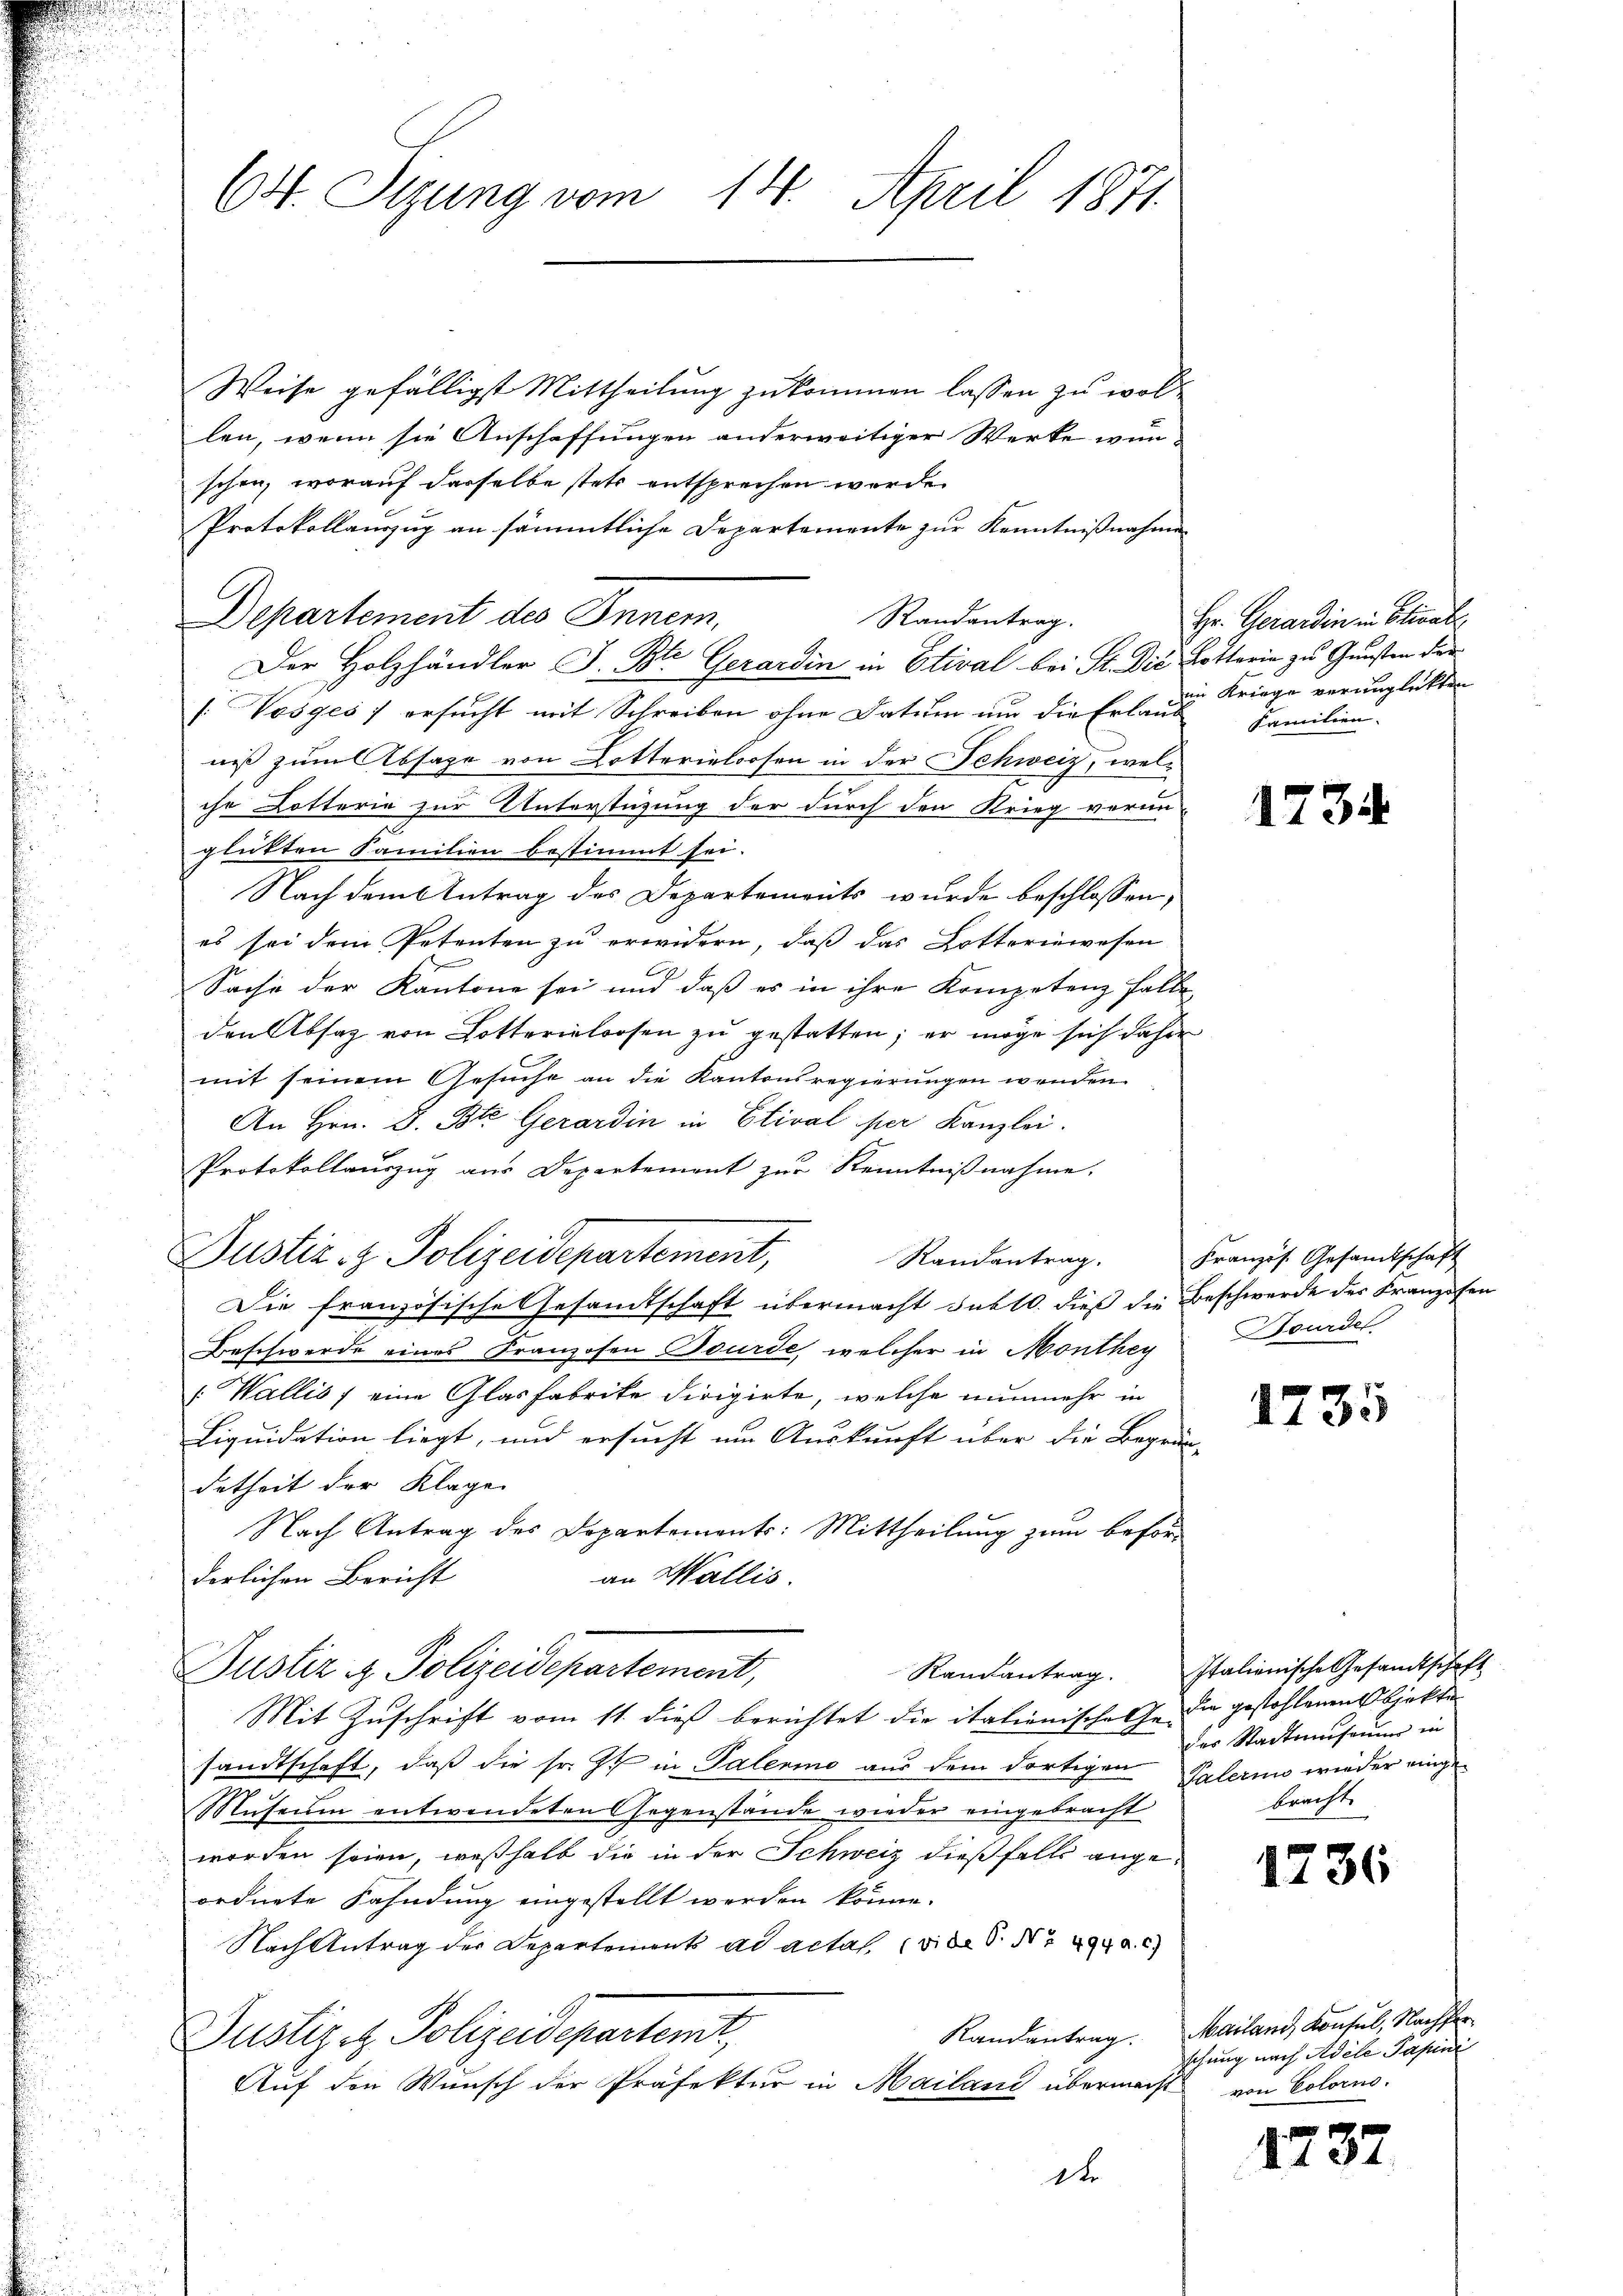
64. Sizung vom 14. April 1871.

Weise gefälligst Mittheilung zukommen lassen zu wollen, wenn sie Anschaffungen anderweitiger Werke wun-
schen, worauf dasselbe stets entsprechen werde.
Protokollauszug an sämmtliche Departemente zur Kenntnißnahmen
Departement des Innern,
Randantrag.
Der Holzhändler J. Bte Gerardin in Etival bei St. Die Lotterin zu Gunsten der
[Vosges) ersucht mit Schreiben ohne Datum und die Erlaube Familien-
niß zum Absage von Dotterieloosen in der Schweiz, welche Lotterie zur Unterstüzung der durch den Krieg verun-
glükten Familien bestimmt sei.
Nach dem Antrag des Departements wurde beschlossen,
es sei dem Petenten zu erwidern, daß das Lotteriewesen
x
Sache der Kantone sei und daß es in ihre Kompetenz falle,
den Absatz von Lotterialrosen zu gestatten; er möge sich daher
mit seinem Gesuche an die Kantonsregierungen wenden.
An Hrn. S. Ble Gerardin in Etival per Kanzlei.
Protokollauszug aus Departement zur Kenntnißnahme.
Justiz- & Polizeidepartement,
Die französische Gesandtschaft übermacht subt. dieß die Beschwerde des Franzosen
Beschwerde eines Franzosen Bourde, welcher in Monthey
Wallis, eine Glasfabrike dirigirte, welche nunmehr in
Liquidation liegt, und ersucht um Auskunft über die Begrün-
detheit der Klage
Nach Antrag des Dopartements: Mittheilung zum beföran Wallis.
derlichen Bericht
Justiz & Polizeidepartement,
Mit Zuschrift vom 11. dieß berichtet die italienische Ge- die gestohlenen Objekte
sandtschaft, daß die sr. Zt. in Palermo aus dem dortigen Palerin wieder einge¬
Museum entwendeten Gegenstände wieder eingebracht
worden seien, weßhalb die in der Schweiz dießfalls angeordnete Fahndung eingestellt werden könne.
Nach Antrag der Departements ad actas (vide S. Nr. 494. C.)
Justizet Polizeidepartemt,
Auf den Wunsch der Präfektur in Mailand übermacht
de

Hr. Gerandin in Elisabe
in Kriege verunglickten

1734

Randantrag. Französ. Gesandtschaft
Bourdel

1735

Randantrag. Italienische Gesandtschaft
des Stadtamsammer in
bracht

1736

Randantrag. Mailand, Konsul, Nachferschung nach Adele Papini
von Colorno.

1737